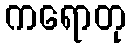
ကရောတု